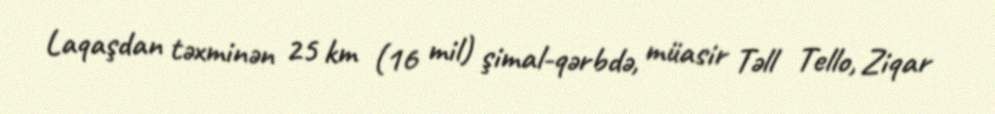
Laqaşdan təxminən 25 km (16 mil) şimal-qərbdə, müasir Təll Tello, Ziqar